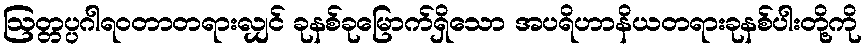
ဩတ္တပ္ပဂါရဝတာတရားလျှင် ခုနစ်ခုမြောက်ရှိသော အပရိဟာနိယတရားခုနစ်ပါးတို့ကို